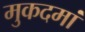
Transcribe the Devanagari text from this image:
मुकदमां